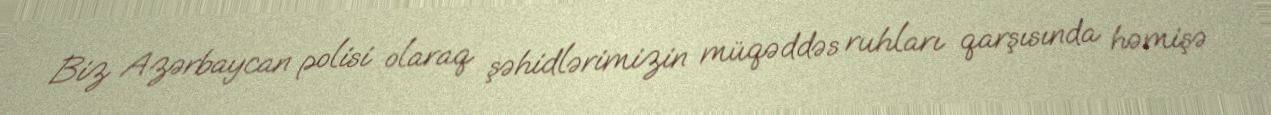
Biz Azərbaycan polisi olaraq şəhidlərimizin müqəddəs ruhları qarşısında həmişə